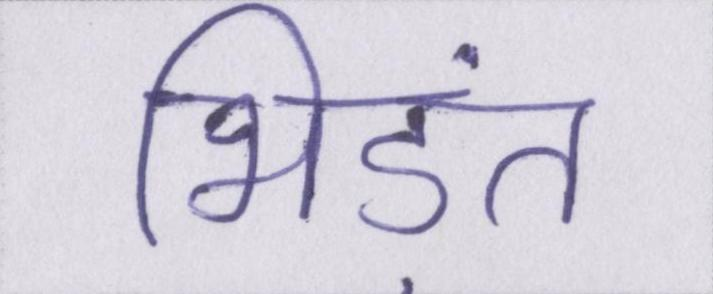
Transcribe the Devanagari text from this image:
भिड़ंत